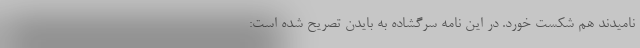
نامیدند هم شکست خورد. در این نامه سرگشاده به بایدن تصریح شده است: